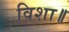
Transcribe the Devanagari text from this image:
विशा॥